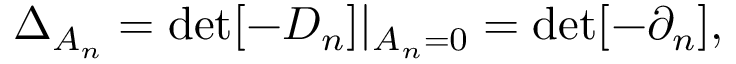
\Delta _ { A _ { n } } = \operatorname * { d e t } [ - D _ { n } ] | _ { A _ { n } = 0 } = \operatorname * { d e t } [ - \partial _ { n } ] ,